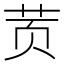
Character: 鿒